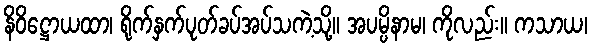
နိဝိဋ္ဌောယထာ၊ ရိုက်နှက်ပုတ်ခပ်အပ်သကဲ့သို့။ အပမ္ပိနာမ၊ ကိုလည်း။ ကသာယ၊